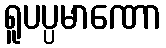
ရူပပ္ပမာဏော